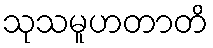
သုသမူဟတာတိ